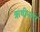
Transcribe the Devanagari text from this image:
ऋषीनगर